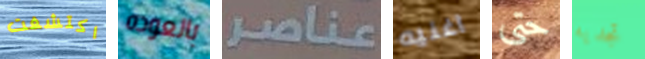
اكتشفت بالعوده عناصر اغنيه حتى تجديه